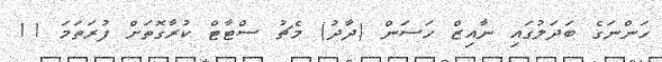
ހަންނަގެ ބަދަލުގައި ނާއިޒް ހަސަން (ދާދު) މެޗު ސްޓާޓް ކުރާގޮތަށް ފުރަތަމަ 11